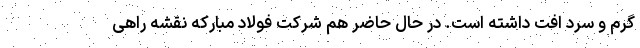
گرم و سرد افت داشته است. در حال حاضر هم شرکت فولاد مبارکه نقشه راهی